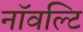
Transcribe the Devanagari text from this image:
नॉवल्टि